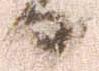
日